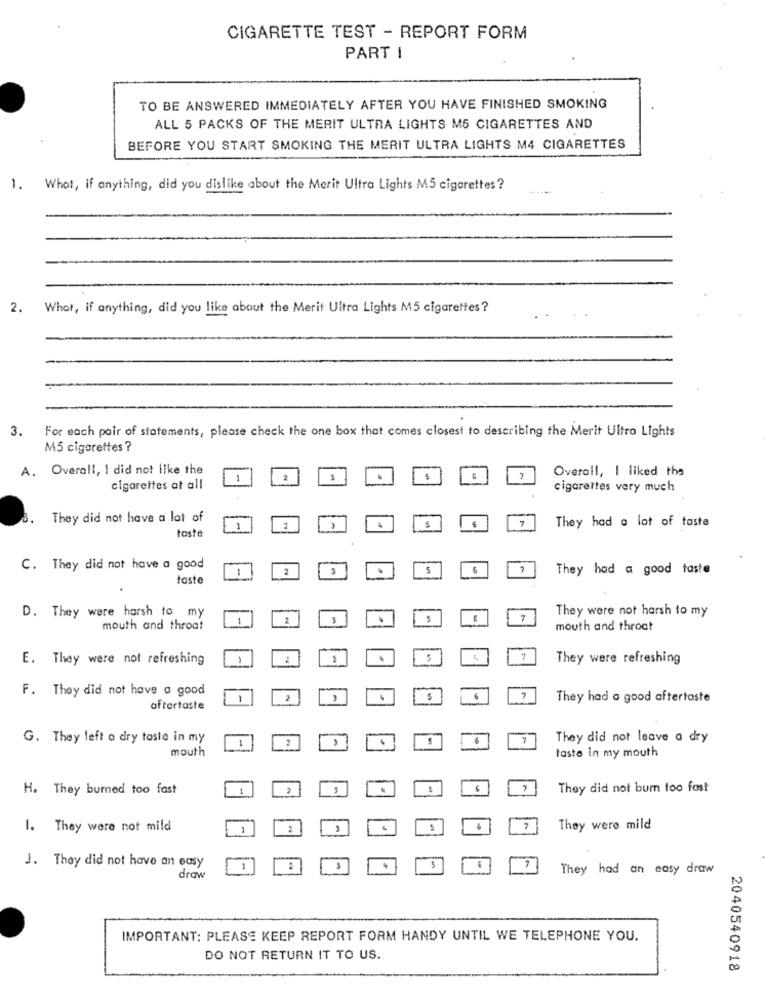
CIGARETTE TEST - REPORT FORM
PART I
TO BE ANSWERED IMMEDIATELY AFTER YOU HAVE FINISHED SMOKING
ALL 5 PACKS OF THE MERIT ULTRA LIGHTS M5 CIGARETTES AND
BEFORE YOU START SMOKING THE MERIT ULTRA LIGHTS M4 CIGARETTES
1. What, if anything, did you dislike about the Merit Ultra Lights M5 cigarettes ?
2. What, if anything, did you like about the Merit Ultra Lights M5 cigarettes ?
3. For each pair of statements, please check the one box that comes closest to describing the Merit Ultra Lights
M5 cigarettes ?
A. Overall, I did not like the
Overall, I liked the
1
2
45
cigarettes at all
cigarettes very much
They did not have a lot of
7
taste
1
S
They had a lot of taste
-
C. They did not have a good
-
2
3
They had a good taste
taste
They were not harsh to my
D. They were harsh to my
2
7
mouth and throat
mouth and throat
E. They were not refreshing
5
They were refreshing
F. They did not have a good
2
6
They had a good aftertaste
aftertaste
G. They left a dry taste in my
1
2
7
They did not leave a dry
mouth
taste in my mouth
H. They burned too fast
2
They did not bum too fast
1. They were not mild
2
7
They were mild
J. They did not have an easy
They had an easy draw
draw
IMPORTANT: PLEASE KEEP REPORT FORM HANDY UNTIL WE TELEPHONE YOU.
DO NOT RETURN IT TO US.
2040540918